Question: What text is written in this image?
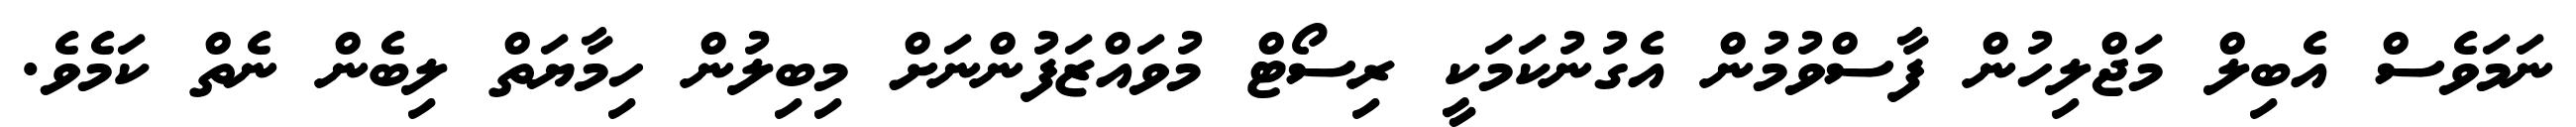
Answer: ނަމަވެސް އެބިލް މަޖްލިހުން ފާސްވުމުން އެގުނުކަމަކީ ރިސޯޓް މުވައްޒަފުންނަށް މިބިލުން ހިމާޔަތް ލިބެން ނެތް ކަމެވެ.